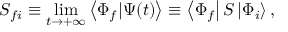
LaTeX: S _ { f i } \equiv \operatorname* { l i m } _ { t \rightarrow + \infty } \left\langle \Phi _ { f } | \Psi ( t ) \right\rangle \equiv \left\langle \Phi _ { f } \right| S \left| \Phi _ { i } \right\rangle ,